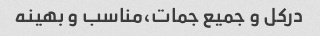
درکل و جمیع جمات،مناسب و بهینه